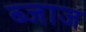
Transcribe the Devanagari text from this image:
ब्जाज